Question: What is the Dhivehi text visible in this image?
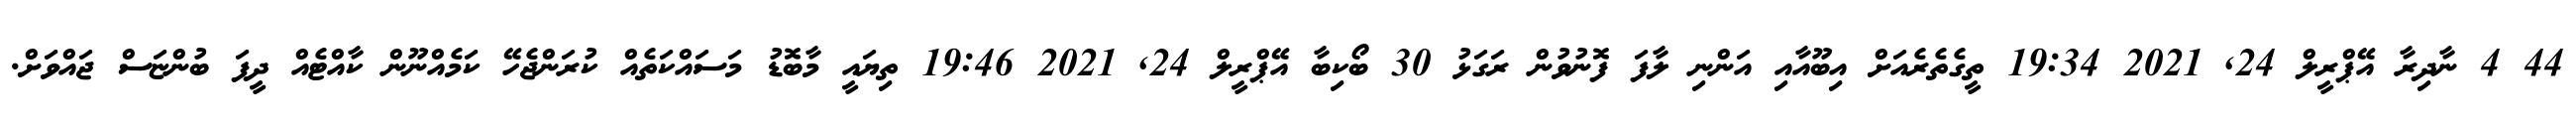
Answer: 44 4 ނާދިރާ އޭޕްރީލް 24, 2021 19:34 ތީގެތެރެއަށް އިބޫއާއި އަންނި ލާފަ ފޮނުވުން ރަގަޅު 30 ބޯކިބާ އޭޕްރީލް 24, 2021 19:46 ތިޔައީ މާބޮޑު މަސައްކަތެއް ކުރަންޖެހޭ ކަމެއްނޫން ކާއްޓެއް ދީފަ ބުންޏަސް ޖައްވަށް.